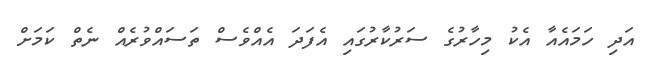
އަދި ހަމައެއާ އެކު މިހާރުގެ ސަރުކާރުގައި އެފަދަ އެއްވެސް ތަސައްވުރެއް ނެތް ކަމަށް